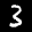
Label: 3